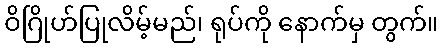
ဝိဂြိုဟ်ပြုလိမ့်မည်၊ ရုပ်ကို နောက်မှ တွက်။